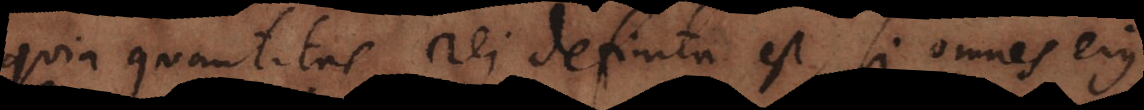
quia quantitas rei definita est, si omnes ejus